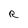
Character: R